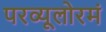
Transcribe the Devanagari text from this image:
परव्यूलोरमं